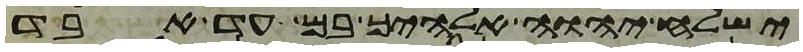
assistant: ישלח יהוה אלהיך בם עד אבד